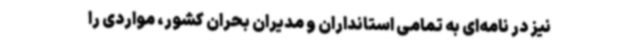
نیز در نامه‌ای به تمامی استانداران و مدیران بحران کشور، مواردی را